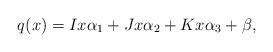
LaTeX: \begin{align*}q(x)=Ix\alpha_1+Jx \alpha_2+Kx \alpha_3+\beta,\end{align*}